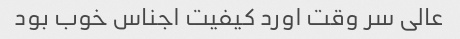
عالی سر وقت اورد کیفیت اجناس خوب بود